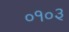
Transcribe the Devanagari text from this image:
०१०३